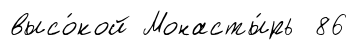
высо́кой Монасты́рь 86